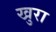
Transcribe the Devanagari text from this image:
खुरा